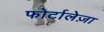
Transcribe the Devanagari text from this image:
फोर्टालेज़ा